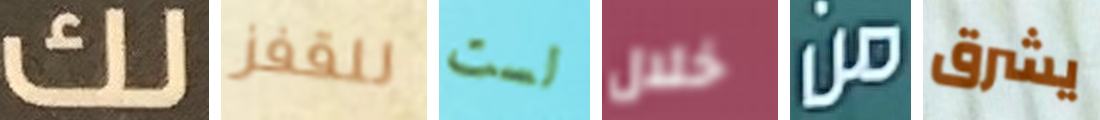
لك للقفز لست خلال من يشرق